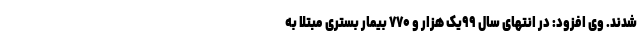
شدند. وی افزود: در انتهای سال ۹۹یک‌ هزار و ۷۷۰ بیمار بستری مبتلا به